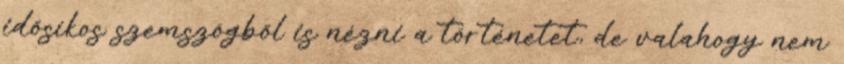
idősíkos szemszögből is nézni a történetet, de valahogy nem